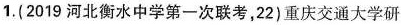
1.(2019河北衡水中学第一次联考，22)重庆交通大学研